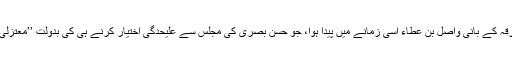
معتزلہ فرقہ کے بانی واصل بن عطاء اسی زمانے میں پیدا ہوا، جو حسن بصری کی مجلس سے علیحدگی اختیار کرنے ہی کی بدولت ’’معتزلی‘‘ کہلایا۔